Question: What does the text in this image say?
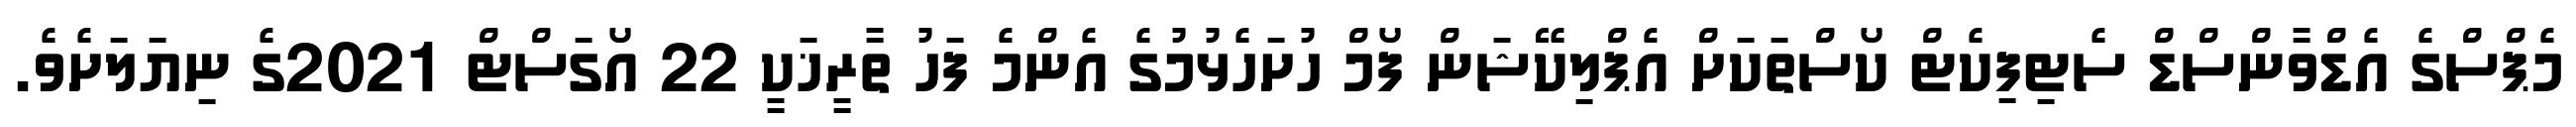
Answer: މެޕްސްގެ އެޑްވާންސްޑް ސެޓިފިކެޓް ކޯސްތަކަށް އެޕްލިކޭޝަން ފޯމް ހުށަހެޅުމުގެ އެންމެ ފަހު ތާރީޚަކީ 22 އޯގަސްޓް 2021ގެ ނިޔަލަށެވެ.